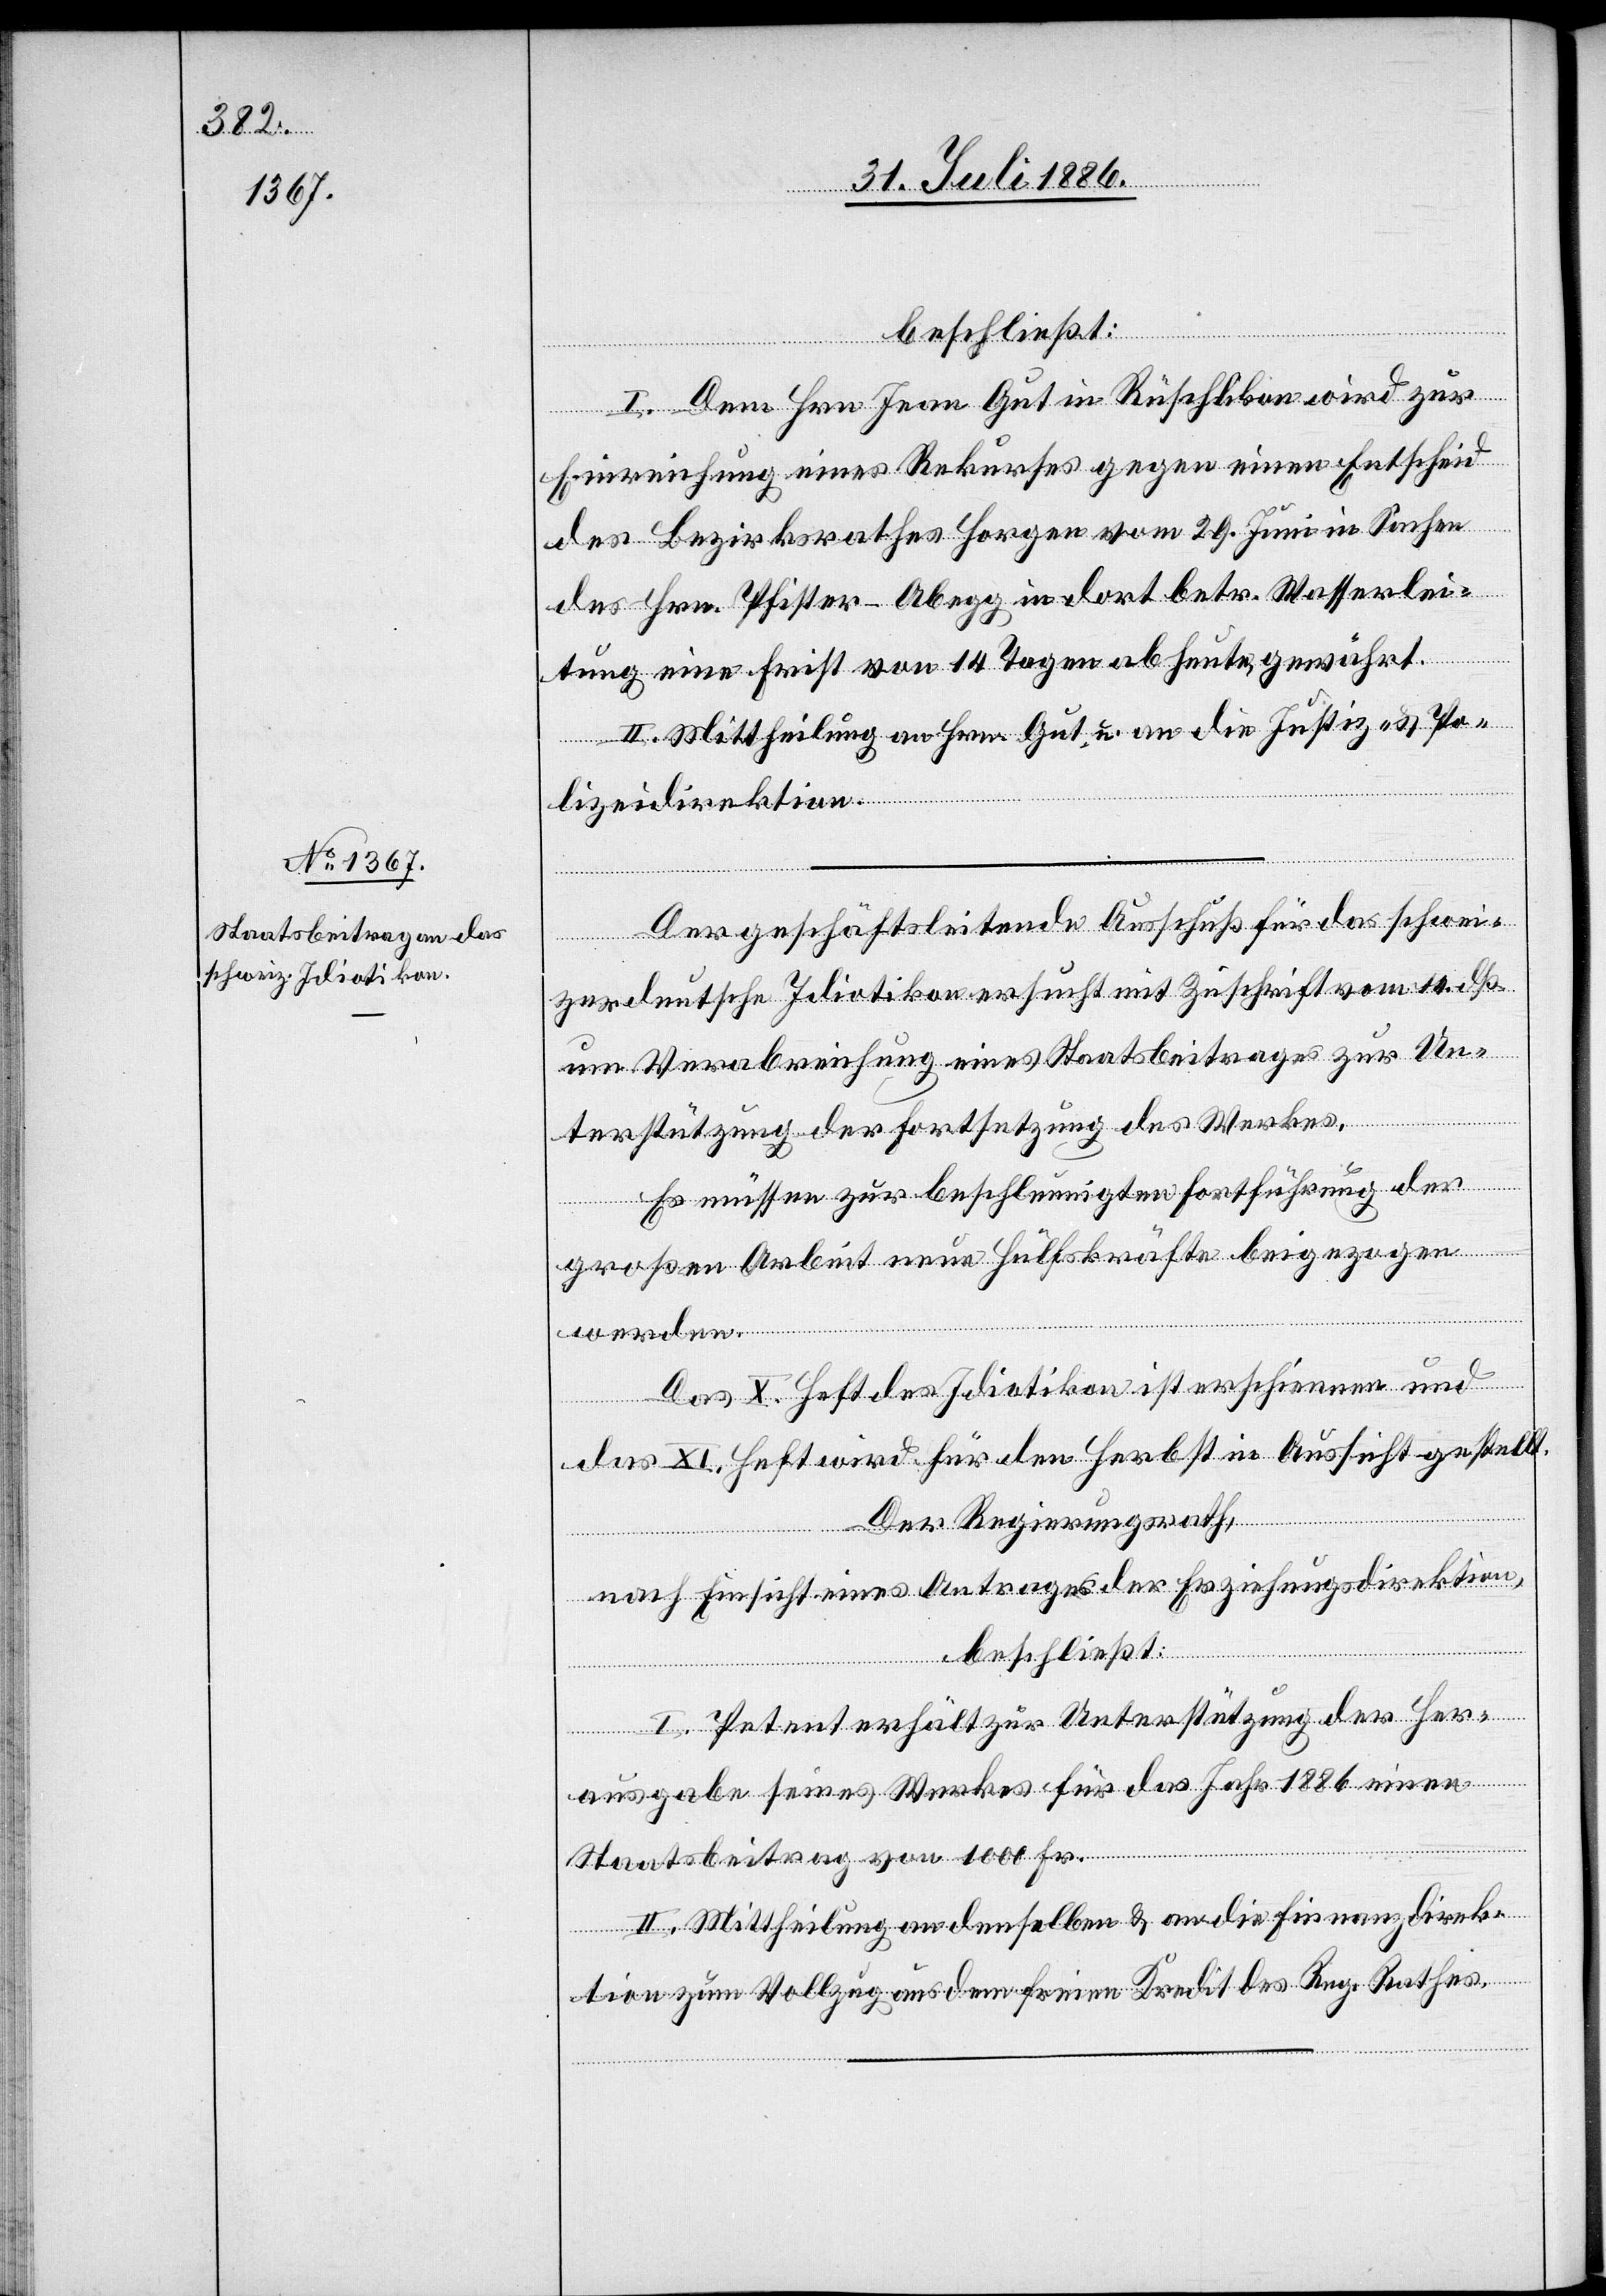
werden.
beschließt:
I. Dem Hrn. Jean Gut in Rüschlikon wird zur
Einrichtung eines Rekurses gegen einen Entscheid
des Bezirksrathes Horgen vom 29. Juni in Sachen
des Hrn. Pfister-Abegg in dort betr. Wasserlei¬
tung eine Frist von 14 Tagen ab heute, gewährt.
II. Mittheilung an Hrn. Gut u. an die Justiz- & Po¬
lizeidirektion.
Der geschäftsleitende Ausschuß für das schwei¬
zerdeutsche Idiotikon ersucht mit Zuschrift vom 10. dß.
um Verabreichung eines Staatsbeitrages zur Un¬
terstützung der Fortsetzung des Werkes.
Es müssen zur beschleunigten Fortführung der
großen Arbeit neue Hülfskräfte beigezogen
Das X. Heft des Idiotikon ist erschienen und
das XI. Heft wird für den Herbst in Aussicht gestellt.
Der Regierungsrath,
nach Einsicht eines Antrages der Erziehungsdirektion,
beschließt:
I. Petent erhält zur Unterstützung der Her¬
ausgabe seines Werkes für das Jahr 1886 einen
Staatsbeitrag von 1000 Fr.
II. Mittheilung an denselben & an die Finanzdirek¬
tion zum Vollzug aus dem freien Kredit des Reg. Rathes.